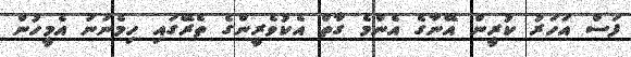
ފަސް އަހަރު ކުރީން އޭނާގެ އެންމެ ގާތް އެކުވެރީންގެ ތެރޭގައި ހިމެނުނު އެމީހުން